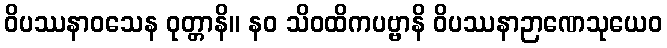
ဝိပဿနာဝသေန ဝုတ္တာနိ။ နဝ သိဝထိကပဗ္ဗာနိ ဝိပဿနာဉာဏေသုယေဝ